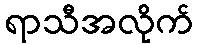
ရာသီအလိုက်